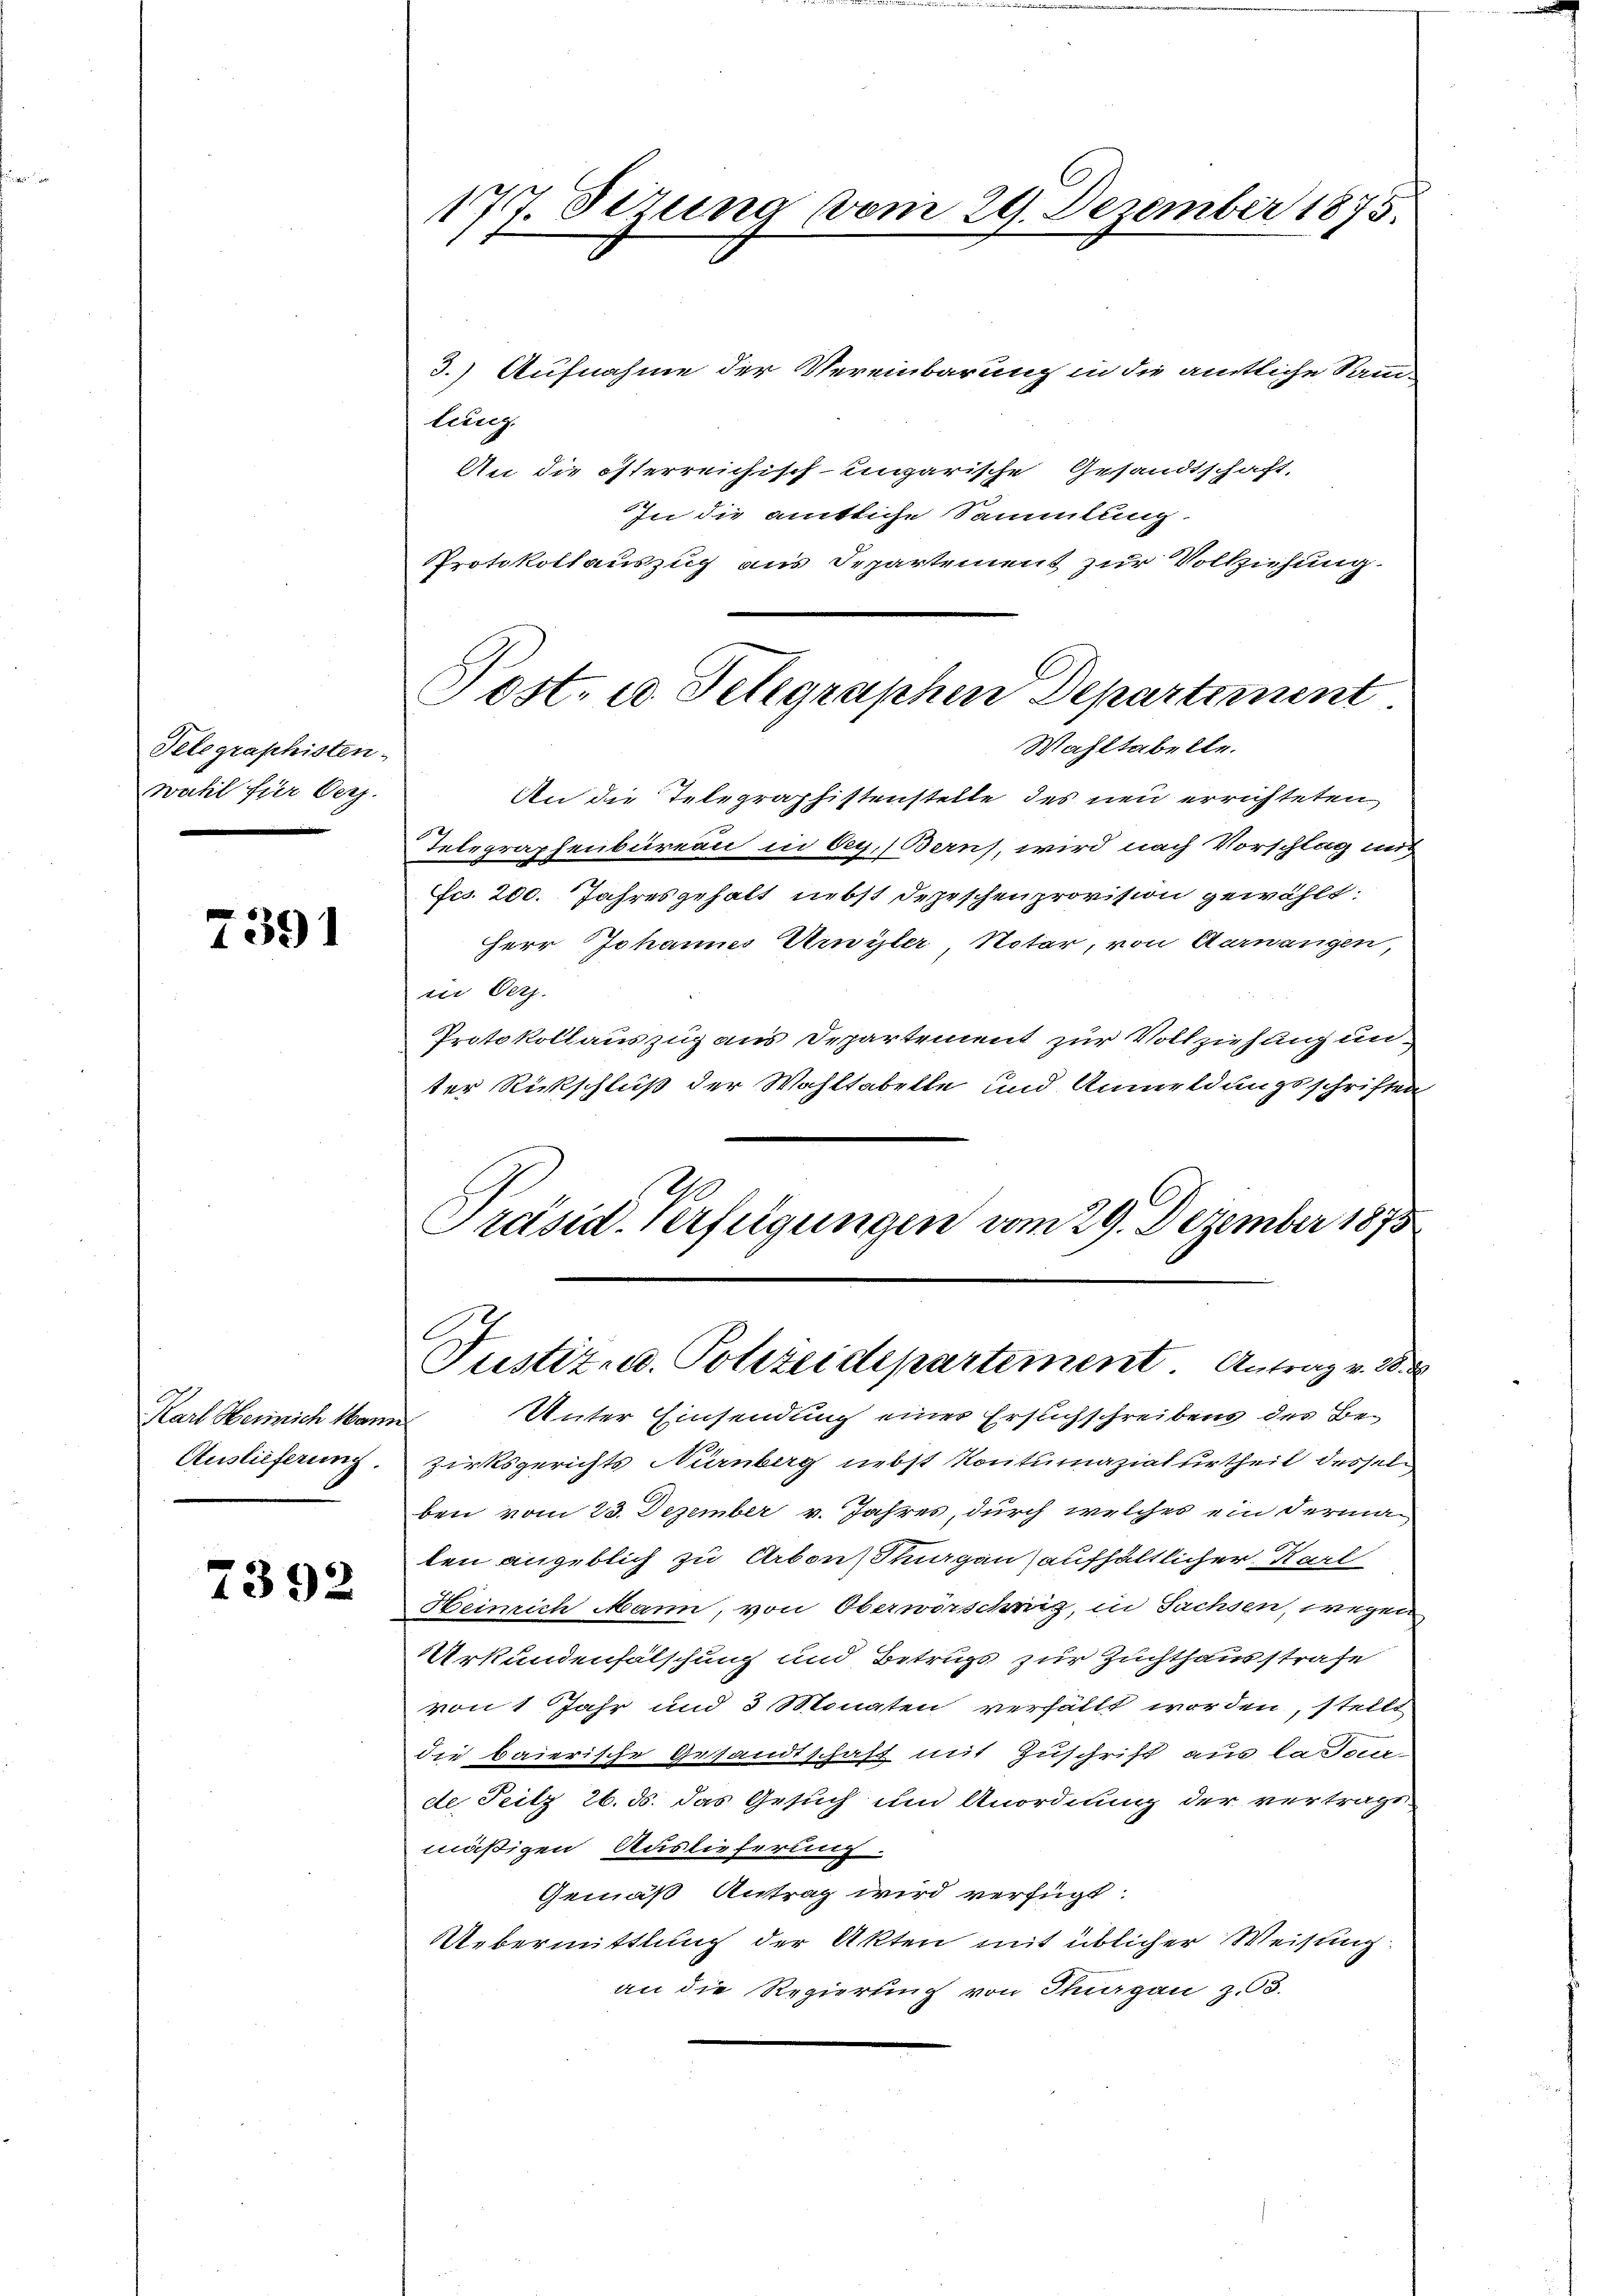
Telegraschisten.
wahl für Vers.

7391

Karl Heinrich Mann
Auslieferung.

7392

177. Sezung vom 29. Dezember 1875.

3.) Aufnahme der Vereinbarung in die amtliche Samm-
liing.
An die österreichisch-ungarische Gesandtschaft,
In die amtliche Sammlung
Protokollauszug aus Separtement zur Vollziehung.
An die Telegraphistenstelle des neu errichteten
Telegraphenbureau in Oeg. Berns, wird nach Vorschlag mit
fcs. 200. Jahresgehalt nebst Depeschenprovision gewählt:
Herr Johannes Umyler Notar, von Aernangen,
in Verz.
Protokollauszug aus Departement zur Vollziehung unter Rückschluß der Wohltabelle und Anmeldungsschriften
Präsid. Verfügungen vom 29. Dezember 1875

Post- u. Telegraphen Departement
Wahltabelle.

Unter Einsendung einer Erstichschreibens des Bezirksgerichts Nürnberg nebst Kontumazialurtheil desselben vom 23. Dezember v. Jahres, durch welches ein dermalen angeblich zu Arbonshagen aufhältlicher Karl
Heinrich Mann, von Oberworschreiz, in Sachsen, wegen
Urkundenfälschung und Betrugs zur Zuchthausstrafe
von 1 Jahr und 3 Monaten verfällt worden, stellt
die baierische Gesandtschaft mit Zuschrift aus labour-
de Seitz 26. ds. das Gesuch um Anordnung der vertrags
mäßigen Auslieferung.
Gemäß Antrag wird verfügt:
Uebermittlung der Akten mit üblicher Weisung
an die Regierung von Thurgau z.3.

Justiz- u. Polizeidepartement Antrag v. 28. 2